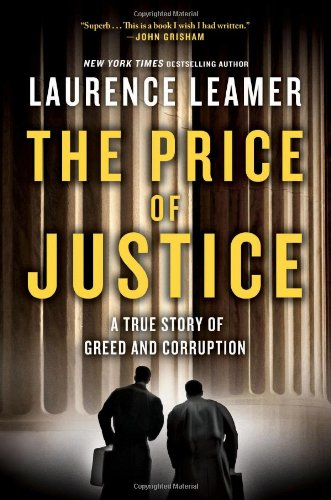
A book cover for The Price of Justice: A True Story of Greed and Corruption; Laurence Leamer; Biographies & Memoirs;